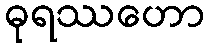
ဓုရဿဟော